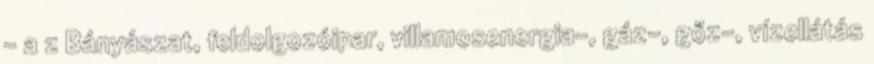
– a z Bányászat, feldolgozóipar, villamosenergia-, gáz-, gőz-, vízellátás